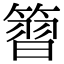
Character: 𥱵